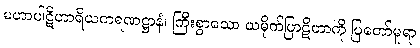
မဟာပါဋိဟာရိယကရဏဋ္ဌာနံ၊ ကြီးစွာသော ယမိုက်ပြာဋိဟာကို ပြတော်မူရာ